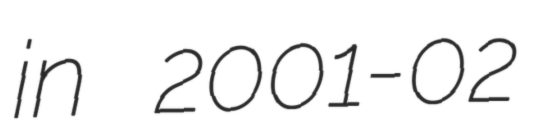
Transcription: in 2001-02